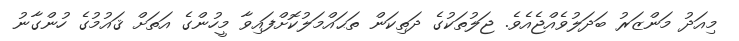
މިއަދު މަންޒަރު ބަދަލުވެއްޖެއެވެ. ޖަލުތަކުގެ ދަތިކަން ތަޙައްމަލުކޮށްފައިވާ މީހުންގެ އަތަށް ޤައުމުގެ ހުންގާނު